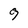
Character: 9